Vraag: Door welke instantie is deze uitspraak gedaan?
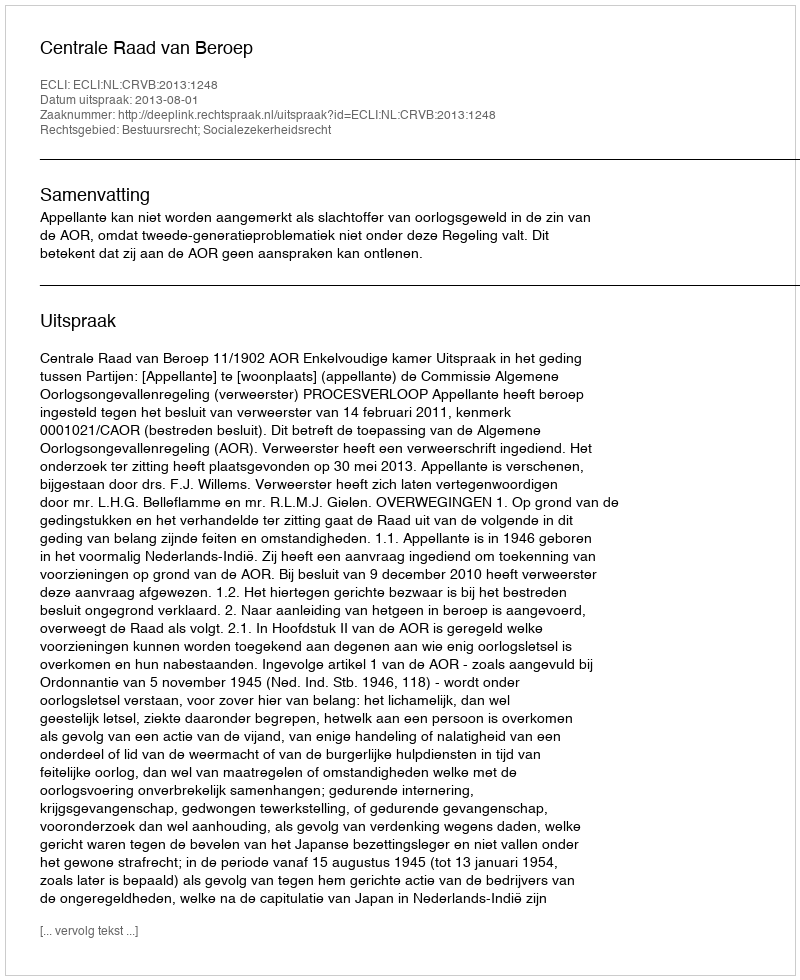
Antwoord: Centrale Raad van Beroep